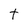
Character: t